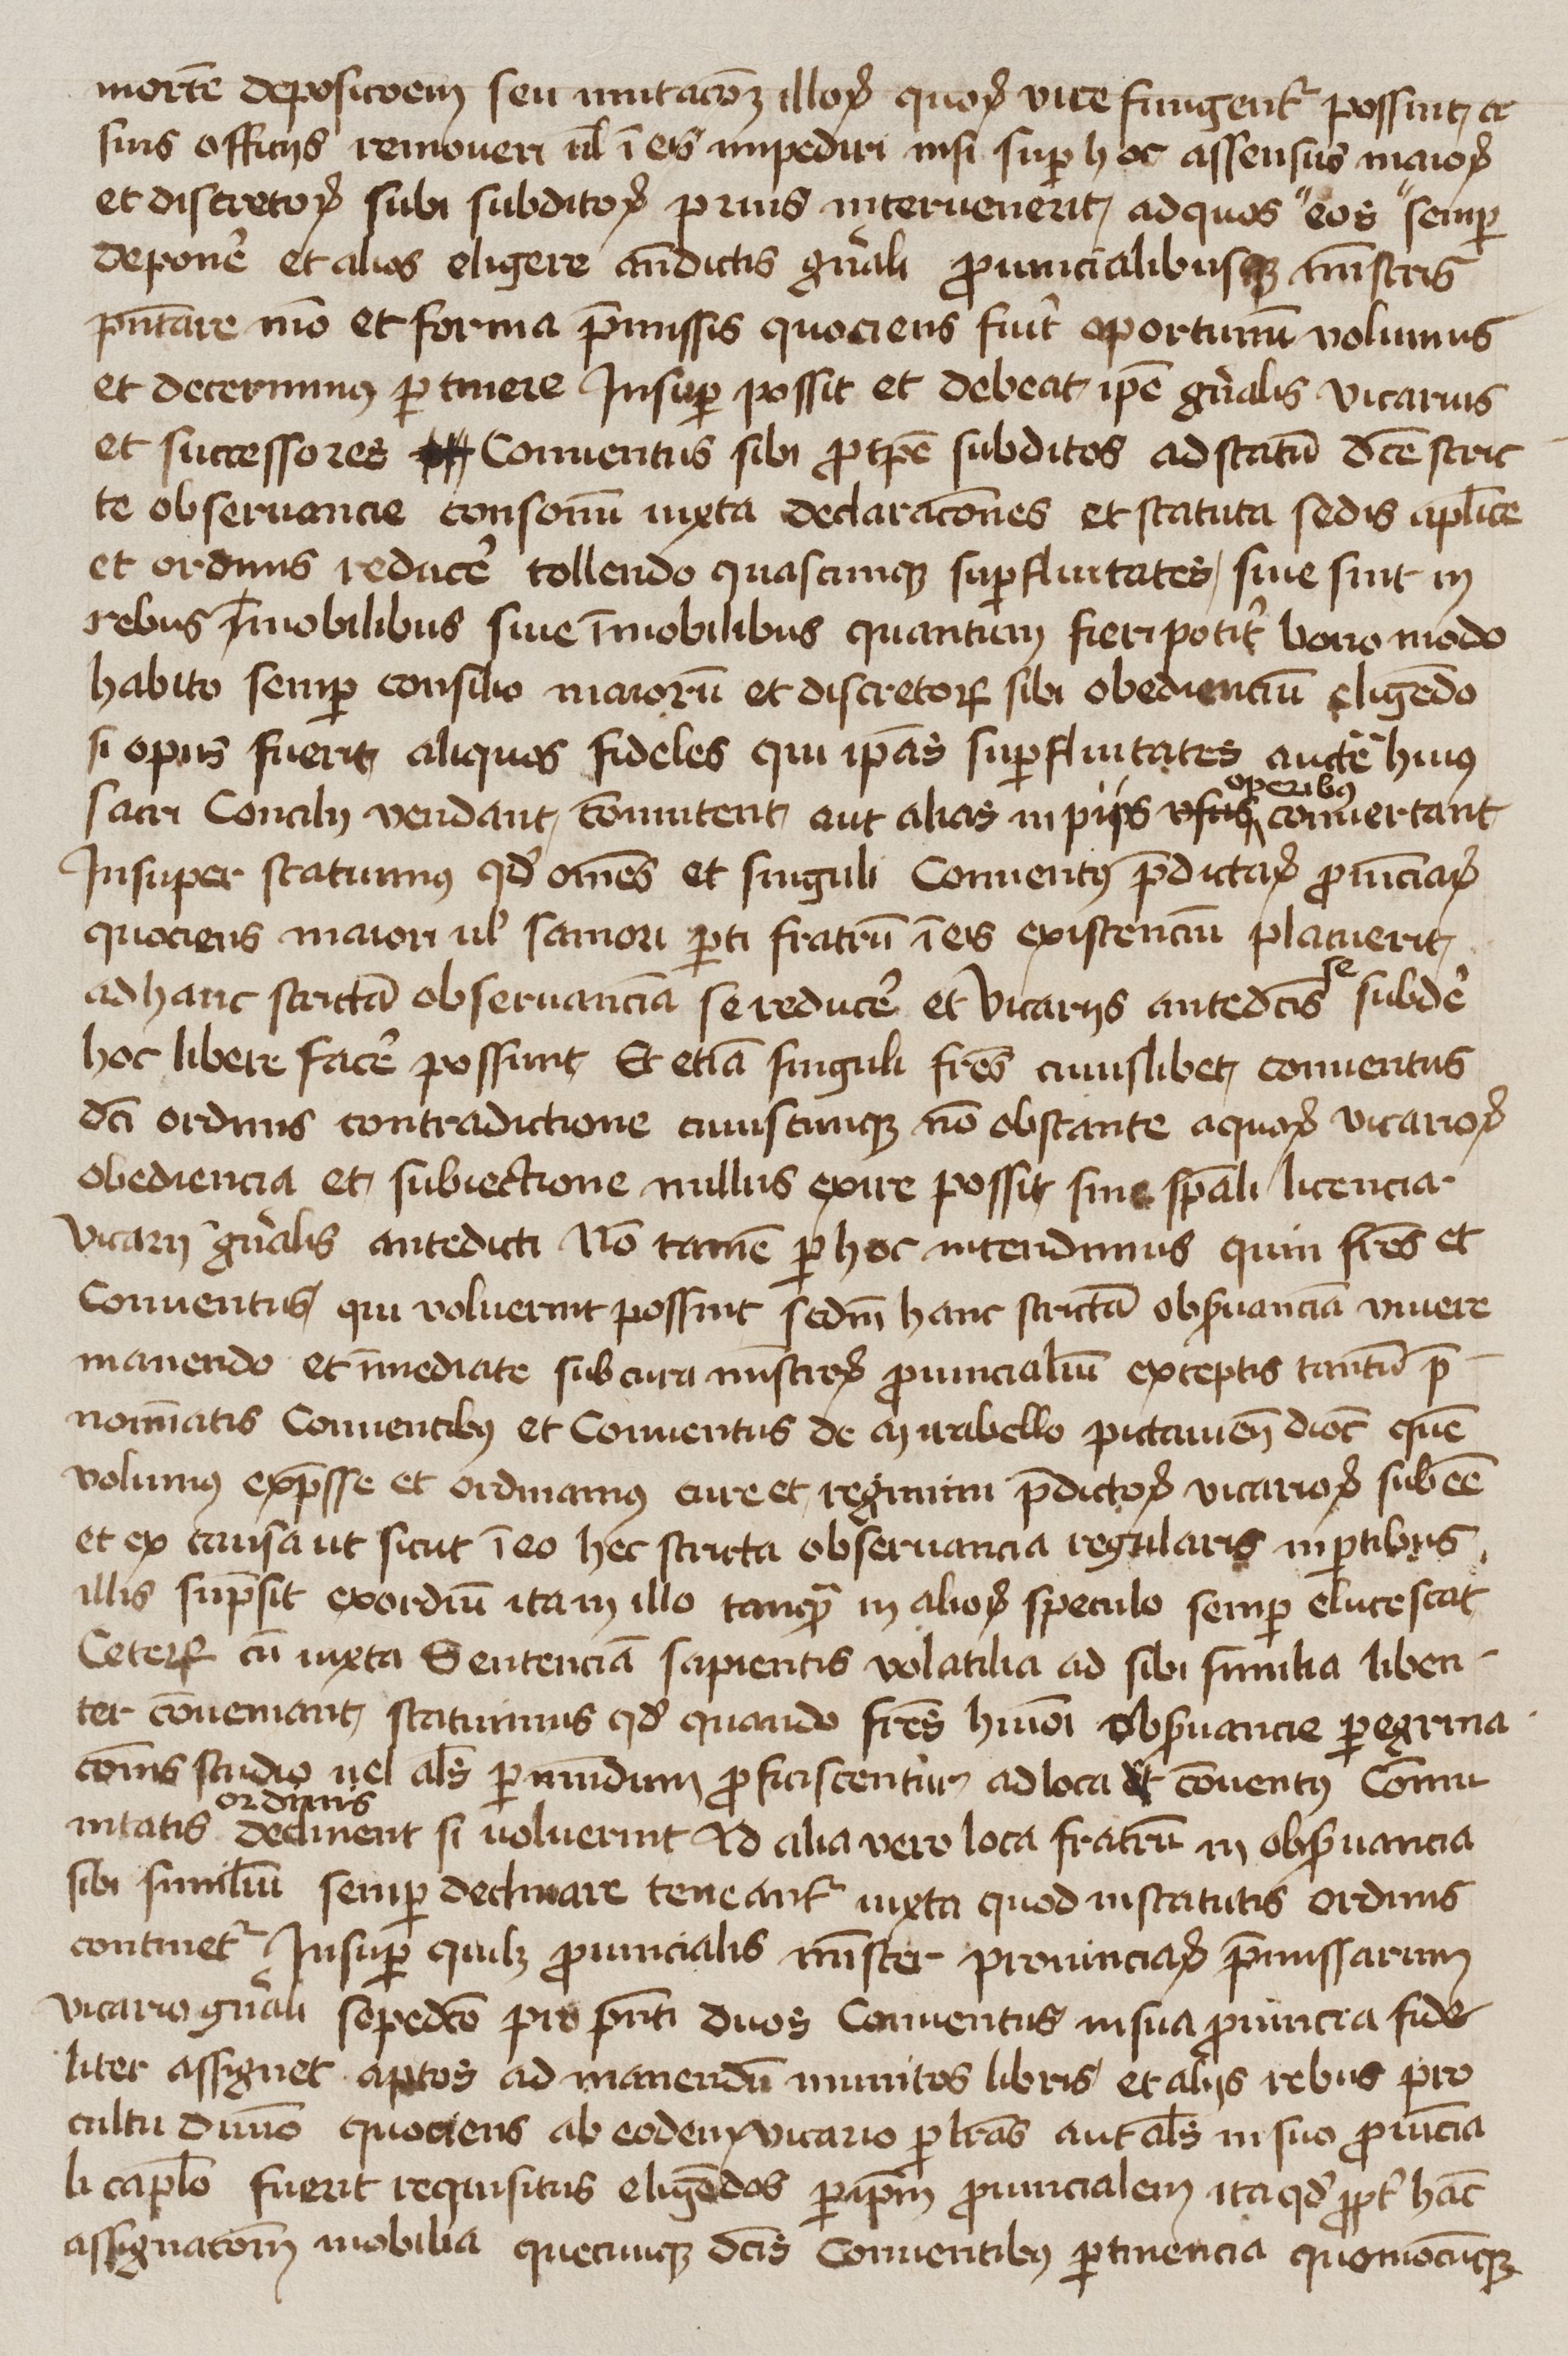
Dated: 1425–1449